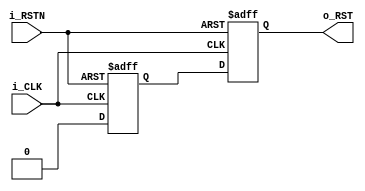
module async_rst_synchronizer (
  input i_CLK,
  input i_RSTN,
  output reg o_RST
  );
  reg r_ff;

  always @ ( posedge i_CLK, negedge i_RSTN ) begin
    if(!i_RSTN) {o_RST, r_ff} <= 2'b11;
    else {o_RST, r_ff} <= {r_ff, 1'b0};
  end

endmodule //async_rst_synchronizer